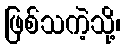
ဖြစ်သကဲ့သို့၊